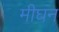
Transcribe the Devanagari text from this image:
मीघन